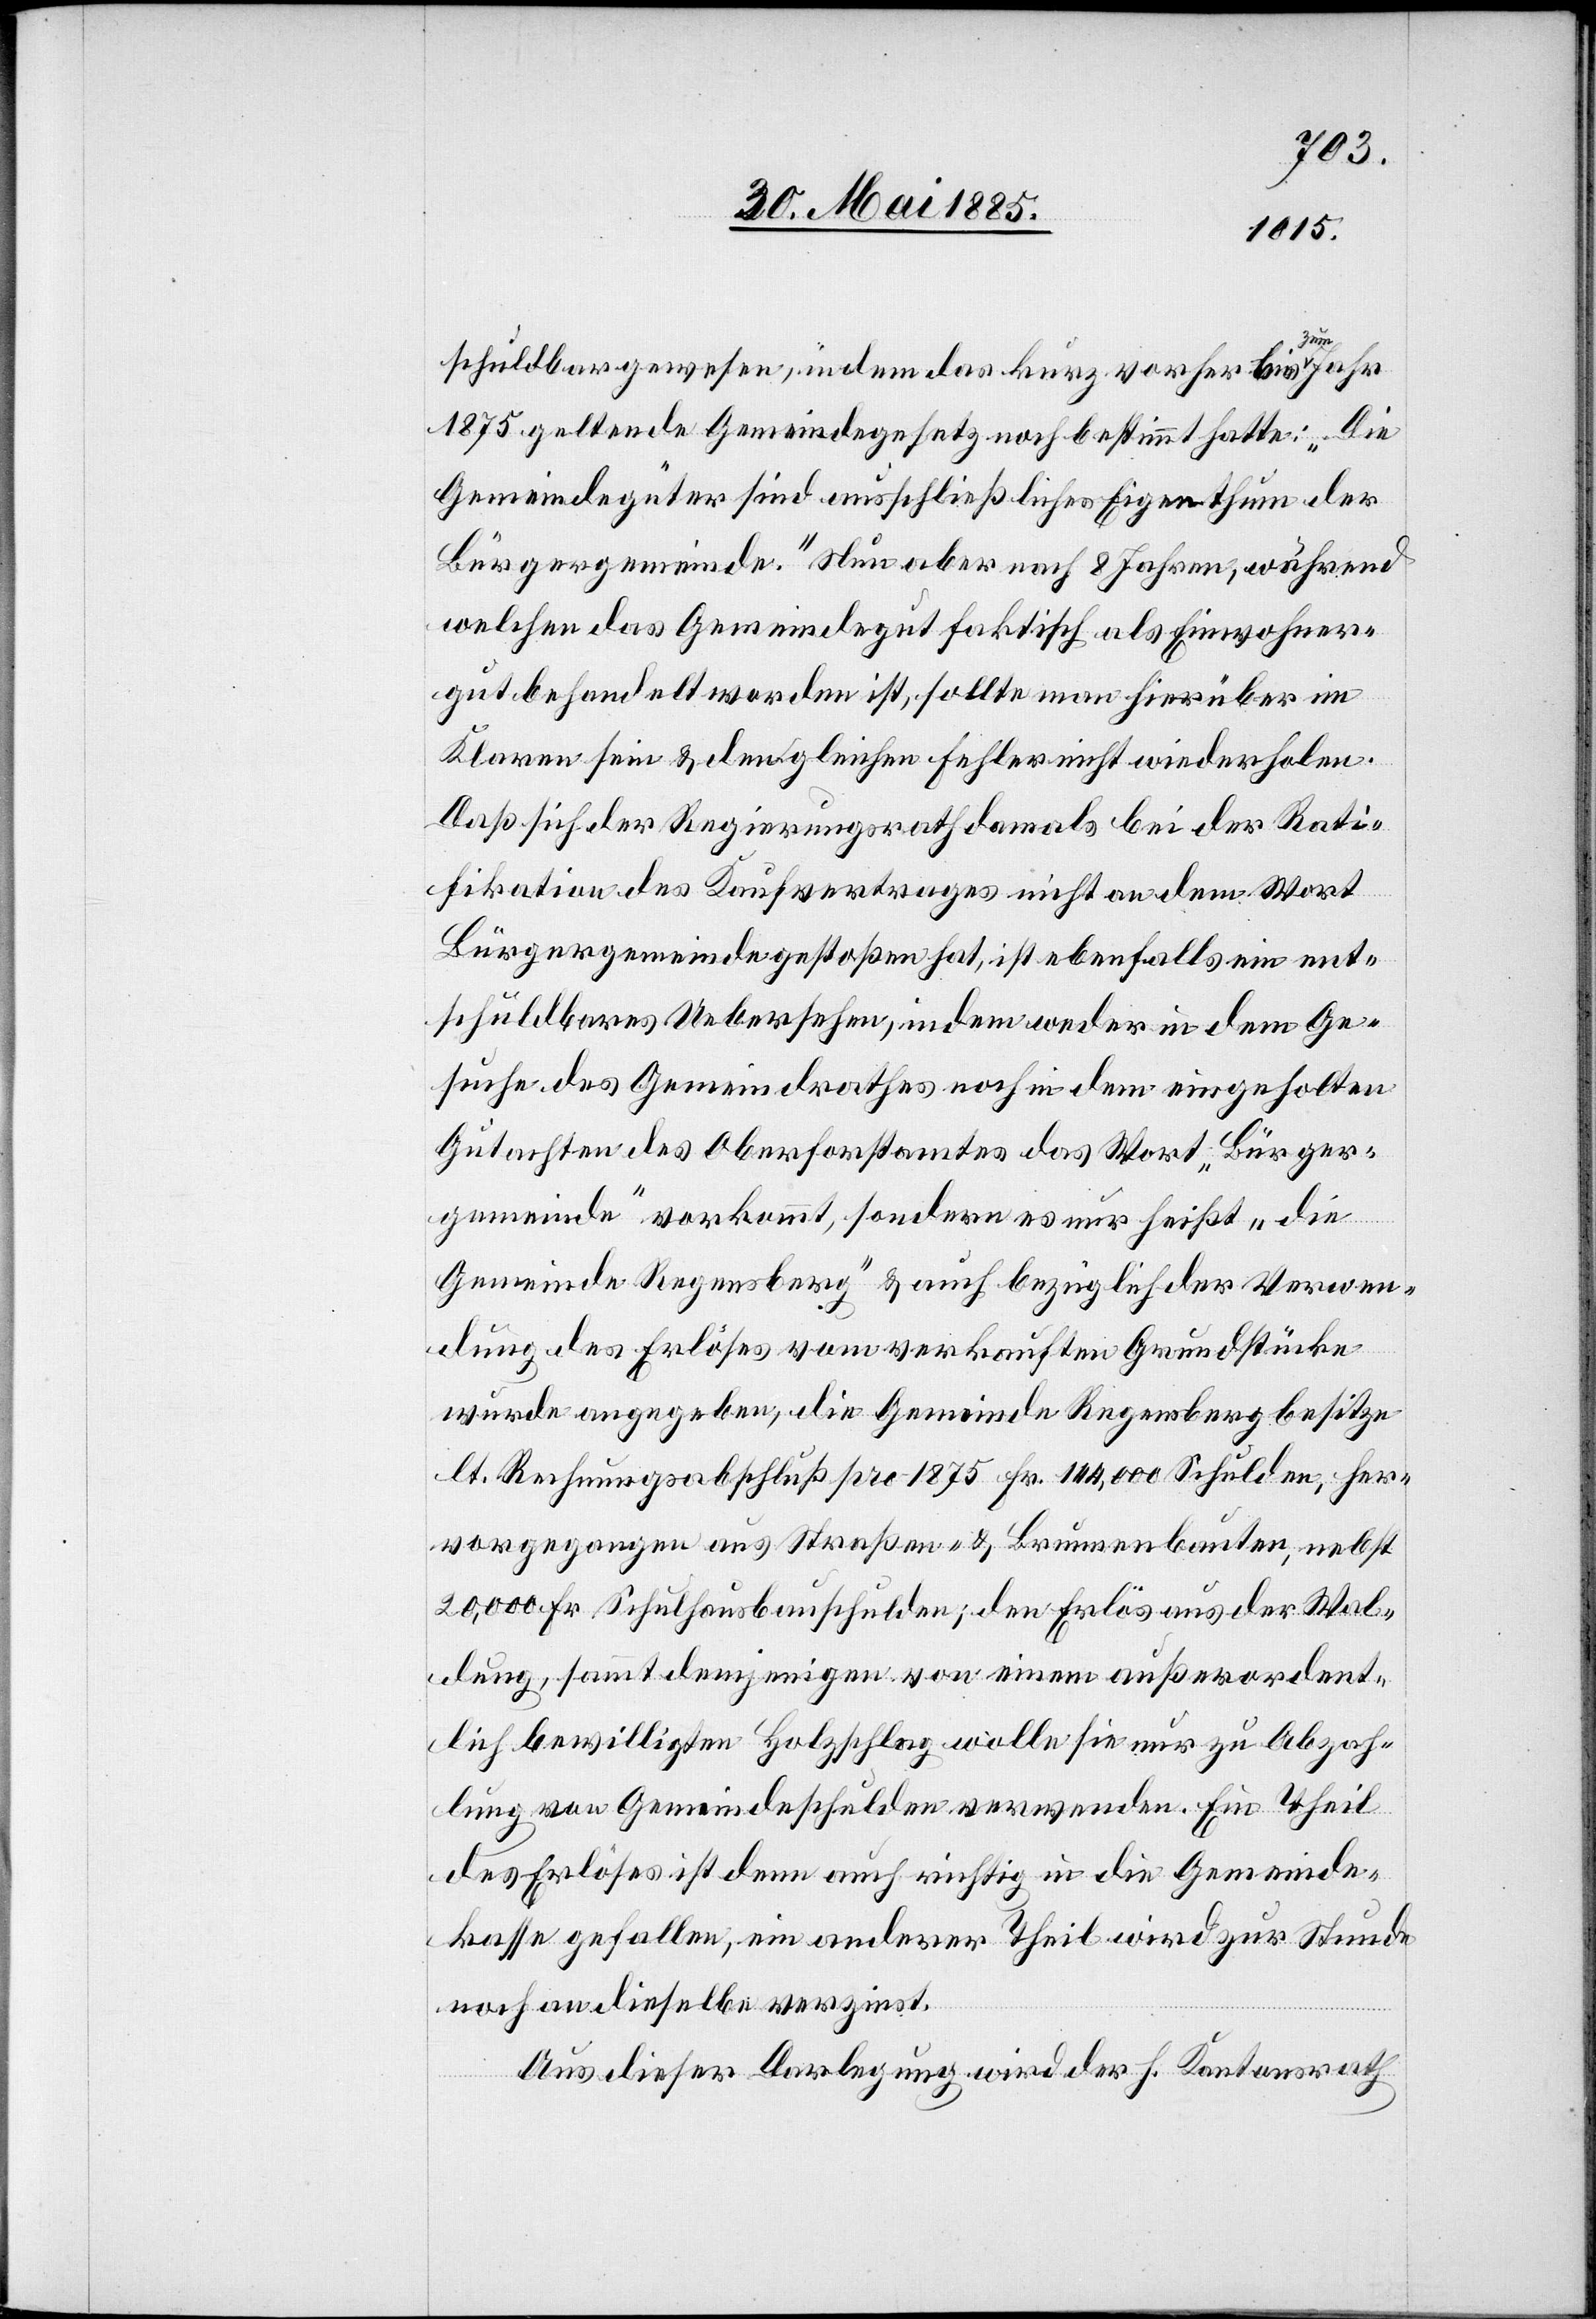
schuldbar gewesen, indem das kurz vorher bis zum Jahr
1875 geltende Gemeindegesetz noch bestimmt hatte: „Die
Gemeindegüter sind ausschließliches Eigenthum der
Bürgergemeinde.“ Nun aber nach 8 Jahren, während
welchen das Gemeindegut faktisch als Einwohner¬
gut behandelt worden ist, sollte man hierüber im
Klaren sein & den gleichen Fehler nicht wiederholen.
Daß sich der Regierungsrath damals bei der Rati¬
fikation des Kaufsvertrages nicht an dem Wort
Bürgergemeinde gestoßen hat, ist ebenfalls ein ent¬
schuldbares Uebersehen, indem weder in dem Ge¬
suche des Gemeindrathes noch in dem eingeholten
Gutachten des Oberforstamtes das Wort „Bürger¬
gemeinde“ vorkommt, sondern es nur heißt „die
Gemeinde Regensberg“ & auch bezüglich der Verwen¬
dung des Erlöses vom verkauften Grundstücke
wurde angegeben, die Gemeinde Regensberg besitze
lt. Regierungsbeschluß pro 1875 Fr. 144,000 Schulden, her¬
vorgegangen aus Straßen- & Brunnenbauten, nebst
20,000 Fr. Schulhausbauschulden; den Erlös aus der Wal¬
dung, sammt denjenigen von einem außerordent¬
lich bewilligten Holzschlag wolle sie nur zu[r] Abzah¬
lung von Gemeindeschulden verwenden. Ein Theil
des Erlöses ist denn auch richtig in die Gemeinde¬
kasse gefallen, ein anderer Theil wird zur Stunde
noch an dieselbe verzinst.
Aus dieser Darlegung wird der h. Kantonsrath